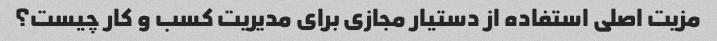
مزیت اصلی استفاده از دستیار مجازی برای مدیریت کسب و کار چیست؟